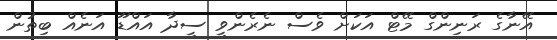
އޭނާގެ ރަނިންގް މޭޓް އަކަށް ވެސް ނެރެންވީ ސީދާ އައްޑޫ އަނެއް ބިތުން